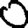
Digit: 0